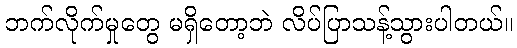
ဘက်လိုက်မှုတွေ မရှိတော့ဘဲ လိပ်ပြာသန့်သွားပါတယ်။